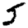
Digit: 5